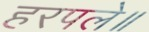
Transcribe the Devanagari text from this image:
हरपले॥